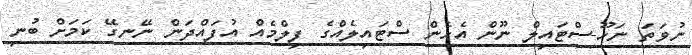
ނުވަތަ ނަހޫ-ސްޓައިލް ނޫން އެހެން ސްޓައިލެއްގެ ފިލްމެއް އުފައްދަން ނޭނގޭ ކަމަށް ބުނި